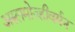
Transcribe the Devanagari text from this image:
अरुलमोज्हीवर्मन